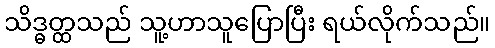
သိဒ္ဓတ္ထသည် သူ့ဟာသူပြောပြီး ရယ်လိုက်သည်။